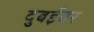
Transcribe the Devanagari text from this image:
दुबईवर